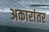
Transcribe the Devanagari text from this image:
अकारांतर